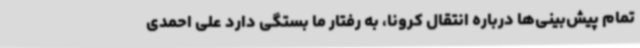
تمام پیش‌بینی‌ها درباره انتقال کرونا، به رفتار ما بستگی دارد علی احمدی